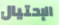
الإحتيال